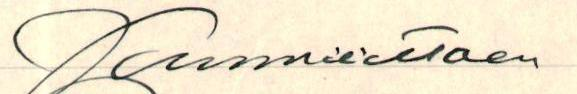
Kunnioittaen